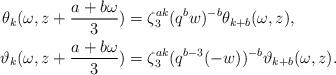
LaTeX: \begin{align*}\theta_k(\omega,z+\frac{a+b\omega}{3})&=\zeta_3^{ak}(q^bw)^{-b}\theta_{k+b}(\omega,z),\\\vartheta_k(\omega,z+\frac{a+b\omega}{3})&=\zeta_3^{ak}(q^{b-3}(-w))^{-b}\vartheta_{k+b}(\omega,z).\end{align*}